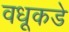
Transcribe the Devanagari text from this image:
वधूकडे